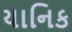
યાનિક